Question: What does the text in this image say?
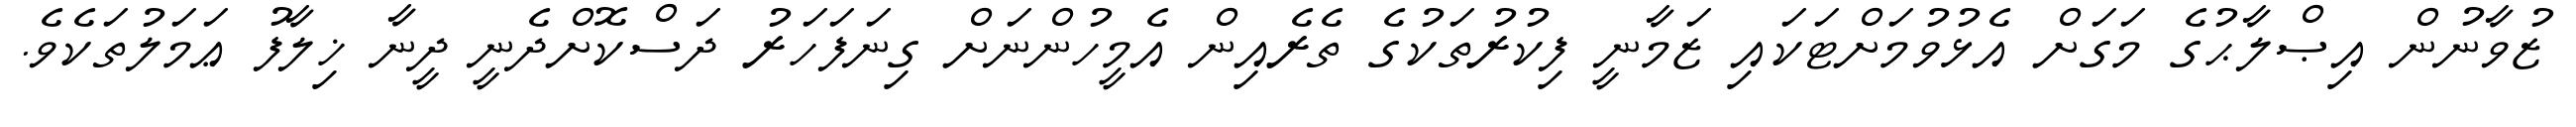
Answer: ޒުވާނުން އިޞްލާޙުގެ މަގަށް އެޅުވުމަށްޓަކައި ޒަމާނީ ފިކުރުތަކުގެ ތެރެއިން އެމީހުންނަށް ގިނަފަހަރު ދަސްކޮށްދެނީ ދީނާ ޚިލާފު ޢަމަލުތަކެވެ.